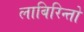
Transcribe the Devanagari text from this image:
लाबिरिन्तो